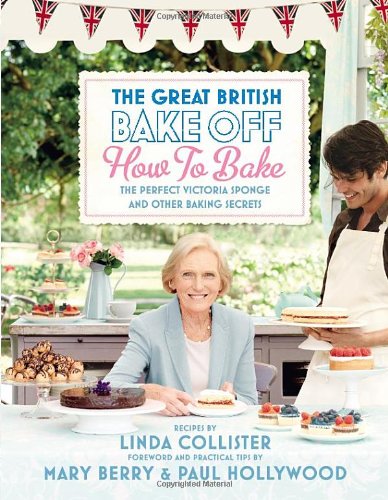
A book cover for The Great British Bake Off: How to Bake: The Perfect Victoria Sponge and Other Baking Secrets; Linda Collister; Cookbooks, Food & Wine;